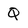
Character: Q